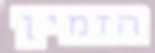
הזמין